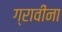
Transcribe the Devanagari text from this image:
ग्रावीना